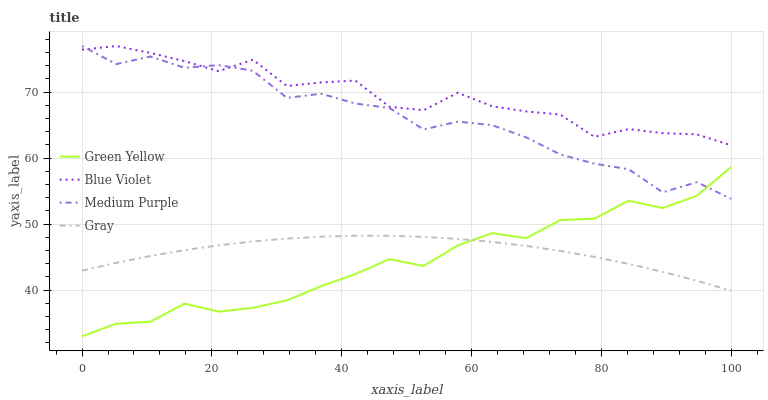
| xaxis_label | Green Yellow | Blue Violet | Medium Purple | Gray |
 | --- | --- | --- | --- | --- |
 | 0 | 33 | 76.4 | 77 | 42.9 |
 | 5.26 | 34.9 | 77 | 74.3 | 44.1 |
 | 10.5 | 35.2 | 76 | 75.4 | 45.2 |
 | 15.8 | 37.9 | 74.7 | 73.7 | 46.1 |
 | 21.1 | 36.7 | 73.2 | 74.1 | 46.8 |
 | 26.3 | 37.3 | 74.9 | 73.2 | 47.4 |
 | 31.6 | 38.5 | 70.9 | 69.1 | 47.8 |
 | 36.8 | 40.6 | 71.5 | 69.8 | 48.1 |
 | 42.1 | 42.4 | 71.8 | 68.3 | 48.2 |
 | 47.4 | 44.7 | 67.8 | 67.6 | 48.2 |
 | 52.6 | 43.7 | 67.3 | 64.4 | 48.1 |
 | 57.9 | 46.8 | 69.9 | 65.5 | 47.8 |
 | 63.2 | 48.6 | 67.9 | 65 | 47.3 |
 | 68.4 | 47.9 | 67.1 | 63.2 | 46.7 |
 | 73.7 | 50.6 | 66.6 | 60.6 | 45.9 |
 | 78.9 | 50.8 | 63.2 | 59.2 | 45 |
 | 84.2 | 53.5 | 64.4 | 58.3 | 44 |
 | 89.5 | 52.4 | 63.8 | 54.8 | 42.8 |
 | 94.7 | 54.3 | 63.6 | 56.4 | 41.4 |
 | 100 | 58.7 | 61.9 | 53.8 | 39.9 |